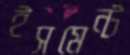
ইসমেন্ট